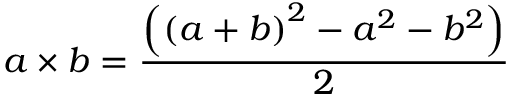
a \times b = { \frac { \left( \left( a + b \right) ^ { 2 } - a ^ { 2 } - b ^ { 2 } \right) } { 2 } }